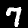
Label: 7